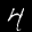
Label: 4